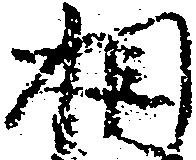
相